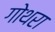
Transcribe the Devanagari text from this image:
गोथरा